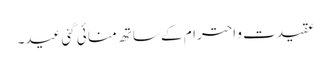
عقیدت و احترام کے ساتھ منا ئی گئی عید۔